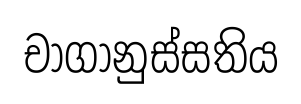
චාගානුස්සතිය